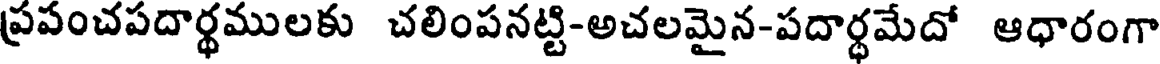
ప్రపంచపదార్థములకు చలింపనట్టి-అచలమైన-పదార్థమేదో ఆధారంగా